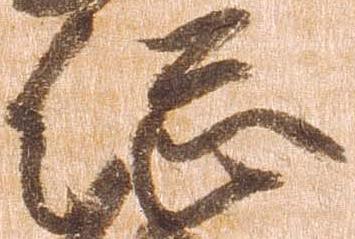
総